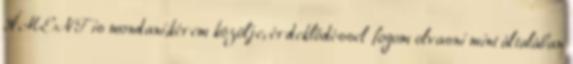
ÁMENT is mondani,kérem közölje, érdeklődéssel fogom olvasni mint általában